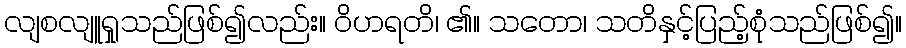
လျစလျူရှုသည်ဖြစ်၍လည်း။ ဝိဟရတိ၊ ၏။ သတော၊ သတိနှင့်ပြည့်စုံသည်ဖြစ်၍။